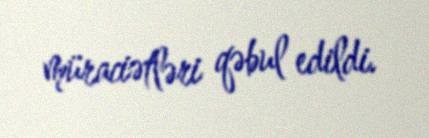
müraciətləri qəbul edildi.